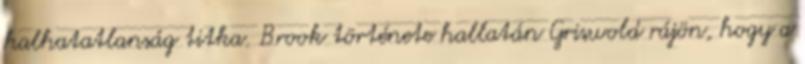
halhatatlanság titka. Brook története hallatán Griswold rájön, hogy a